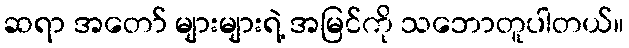
ဆရာ အတော် များများရဲ့ အမြင်ကို သဘောတူပါတယ်။